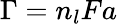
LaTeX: \Gamma=n_{l}Fa